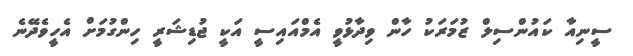
ސީނިއާ ކައުންސިލް ޒުމަރަކު ހާން ވިދާޅުވީ އެމްއައިސީ އަކީ ޖުޑިޝަރީ ހިންގުމަށް އެހީވެދޭނެ